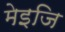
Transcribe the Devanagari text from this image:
मेइजि